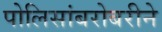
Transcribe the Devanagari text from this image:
पोलिसांबरोबरीने